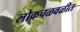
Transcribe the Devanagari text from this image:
लोकचळवळीत